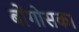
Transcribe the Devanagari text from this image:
बोंगोसका